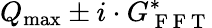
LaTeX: Q_{\operatorname*{max}}\pm i\cdot G_{\mathrm{~F~F~T~}}^{*}